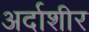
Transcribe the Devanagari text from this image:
अर्दाशीर